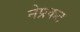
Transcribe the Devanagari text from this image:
नेप्रकट